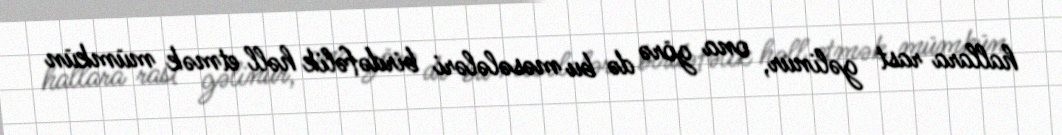
hallara rast gəlinur, ona görə də bu məsələləri birdəfəlik həll etmək mümkün